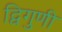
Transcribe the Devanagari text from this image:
द्विगुणी